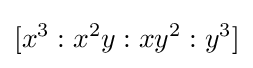
[x^{3}:x^{2}y:xy^{2}:y^{3}]